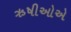
ઋષીઓએ